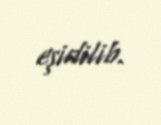
eşidilib.